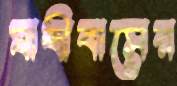
যাত্রীবাসের